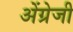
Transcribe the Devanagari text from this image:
अेंग्रेजी